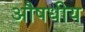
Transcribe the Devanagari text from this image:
अौषधीय